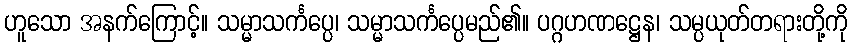
ဟူသော အနက်ကြောင့်။ သမ္မာသင်္ကပ္ပေ၊ သမ္မာသင်္ကပ္ပေမည်၏။ ပဂ္ဂဟဏဋ္ဌေန၊ သမ္ပယုတ်တရားတို့ကို